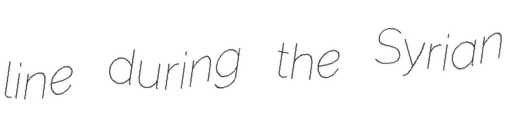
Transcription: line during the Syrian